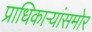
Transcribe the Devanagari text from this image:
प्राधिकाऱ्यांसमोर